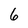
Character: 6